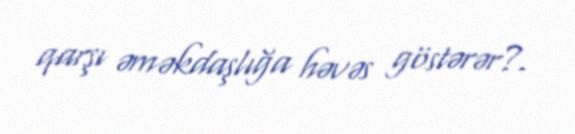
qarşı əməkdaşlığa həvəs göstərər?.